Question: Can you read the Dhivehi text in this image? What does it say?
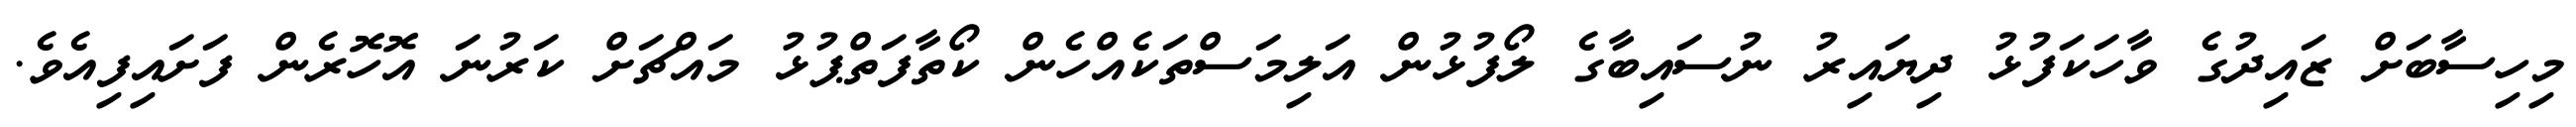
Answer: މިހިސާބަށް ޒައިދުގެ ވާހަކަފުޅު ދިޔައިރު ނުސައިބާގެ ލޯފުޅުން އަލިމަސްތަކެއްހެން ކޯތާފަތްޕުޅު މައްޗަށް ކަރުނަ އޮހޮރެން ފަށައިފިއެވެ.